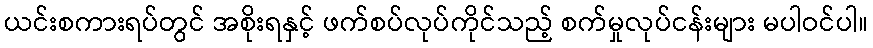
ယင်းစကားရပ်တွင် အစိုးရနှင့် ဖက်စပ်လုပ်ကိုင်သည့် စက်မှုလုပ်ငန်းများ မပါဝင်ပါ။